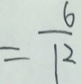
= \frac { 6 } { 1 2 }